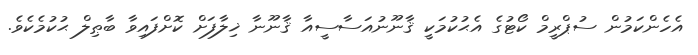
އެހެންކަމުން ސުޕްރީމް ކޯޓުގެ އެޙުކުމަކީ ޤާނޫނުއަސާސީއާ ޤާނޫނާ ޚިލާފަށް ކޮށްފައިވާ ބާޠިލް ޙުކުމެކެވެ.